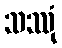
သဿုံ